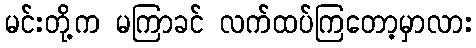
မင်းတို့က မကြာခင် လက်ထပ်ကြတော့မှာလား